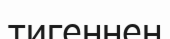
тигеннен